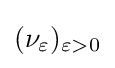
(\nu _{\varepsilon })_{\varepsilon >0}